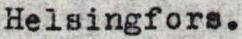
Helsingfors.